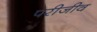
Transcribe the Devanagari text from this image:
परीजीव